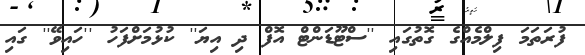
ފުރަތަމަ ފިލްމެއްގެ ގޮތުގައި ''ސްޓޫޑަންޓް އޮފް ދި އިޔަ'' ކުޅުމަށްފަހު ''ހައިވޭ'' ގައި